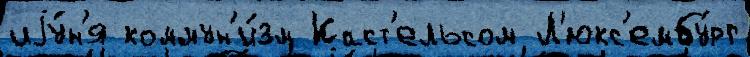
иjу́н'я коммун'и́зм Каст'ельсом Л'юкс'ембу́рг